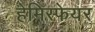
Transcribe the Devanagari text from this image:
हेमिस्फेयर